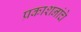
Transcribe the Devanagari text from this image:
प्रकाशनांचे